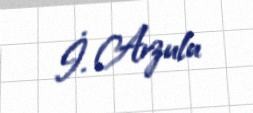
İ. Arzulu